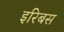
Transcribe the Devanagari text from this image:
इरिबस